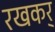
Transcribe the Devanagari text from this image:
रखकर्